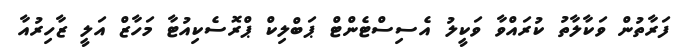
ފަރާތުން ވަކާލާތު ކުރައްވާ ވަކީލު އެސިސްޓެންޓް ޕަބްލިކް ޕްރޮސެކިއުޓާ މަހާޒް އަލީ ޒާހިރުއާ